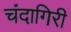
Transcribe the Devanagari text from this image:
चंदागिरी